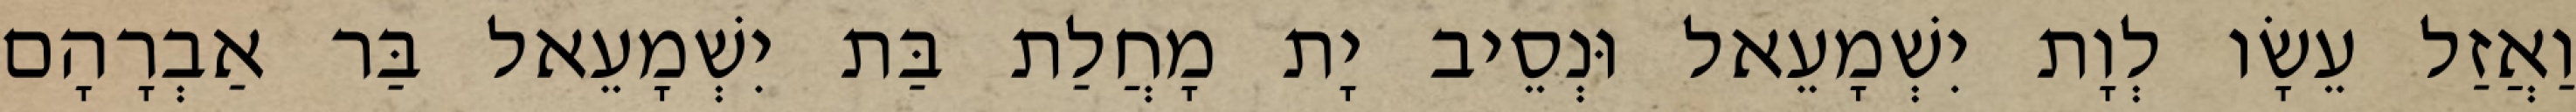
וַאֲזַל עֵשָׂו לְוָת יִשְׁמָעֵאל וּנְסֵיב יָת מָחֲלַת בַּת יִשְׁמָעֵאל בַּר אַבְרָהָם